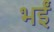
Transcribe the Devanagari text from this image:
भईं